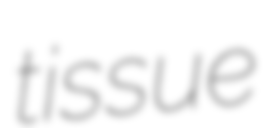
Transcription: tissue